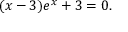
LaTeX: ( x - 3 ) e ^ { x } + 3 = 0 .